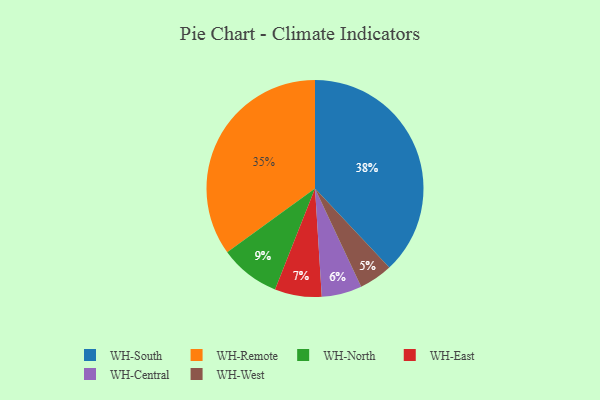
{"axis": {"x": "Category", "y": "Percentage"}, "legend": ["WH-Central", "WH-East", "WH-North", "WH-Remote", "WH-South", "WH-West"], "data": [{"x": "WH-Remote", "y": 35, "type": "WH-Remote"}, {"x": "WH-North", "y": 9, "type": "WH-North"}, {"x": "WH-East", "y": 7, "type": "WH-East"}, {"x": "WH-South", "y": 38, "type": "WH-South"}, {"x": "WH-West", "y": 5, "type": "WH-West"}, {"x": "WH-Central", "y": 6, "type": "WH-Central"}]}